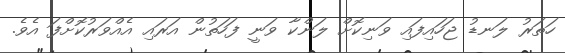
ހަތަރު ލަނޑު ޖަހައިފައި ވަނިކޮށް ލަންކާ ވަނީ ފަހަތުން އަރައި އެއްވަރުކޮށްފަ އެވެ.